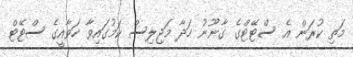
މަތި ކުރަން އެ ސްޓޭޓްގެ ގާނޫނު ހަދާ މަޖިލިސް ކަމުގައިވާ ހަވާއީގެ ސްޓޭޓް